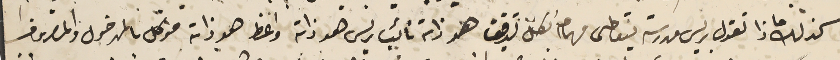
كذلك ماذا تقول ريس مدرسة يتعاطى مهام بكل تدقيق هو ذاته نائب ريس هو ذاته واعظ هو ذاته موكل بالمدخول والمصروف